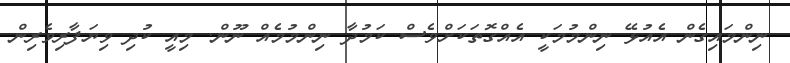
ނިންމައިގެން އެއުޅޭ ނިންމުމަކީ އެއްގޮތަކަށްވެސް ކަމުދާ ނިންމުމެއް ނޫން. މިއީ ކުދި ވިޔަފާރިވެރިން